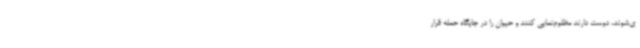
ی‌شوند، دوست دارند مظلوم‌نمایی کنند و حیوان را در جایگاه حمله قرار